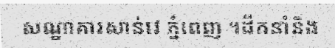
សណ្ឋាគារសាន់វេ ភ្នំពេញ ។ដឹកនាំនិង